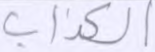
الكذاب